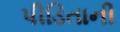
પીડિતાની